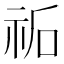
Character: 𮁩